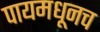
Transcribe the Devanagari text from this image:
पायमधूनच